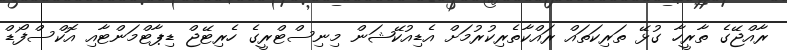
ރާއްޖޭގެ ތާރީހާ ގުޅޭ ތަރިކަތައް ރައްކާތެރިކުރުމަށް އެޑިއުކޭޝަން މިނިސްޓްރީގެ ހެރިޓޭޖް ޑިޕާޓްމަންޓާއި އޮކްސްފޯޑް